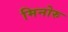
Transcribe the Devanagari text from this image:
मिनोरु